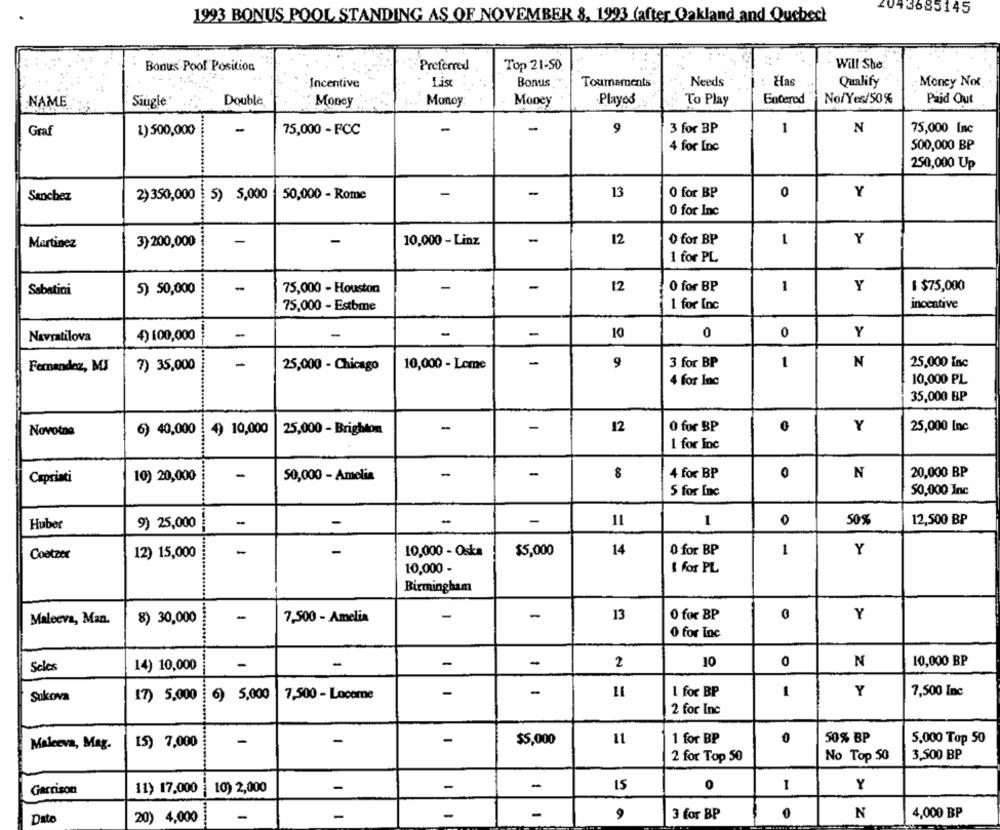
043685145
1993 BONUS POOL STANDING AS OF NOVEMBER & 1993 (after_Oakland and Quebeck
Bonus Pool Position
Preferred
Top 21-50
Will She
Incentive
List
Bonus
Tournaments
Needs
: Has
Qualify
Moncy Not
Entered
No/Yes/50%
Paid Out
NAME
Single
Double
Money
Monoy
Money
Played
To Play
Graf
1)500,000
-
75,000 - FCC
-
-
9
3 for BP
1
N
75,000 Inc
4 for Inc
500,000 BP
250,000 Up
-
-
Sanchez
2)350,000
5) 5,000
50,000 - Rome
13
0 for BP
0
Y
0 for Inc
-
-
10,000 - Linz
-
12
O for BP
1
Y
Martinez
3) 200,000
..........
1 for PL
Sabatini
5) 50,000
-
75,000 - Houston
-
-
12
0 for BP
1
Y
$ $75,000
1 *******
75,000 - Estbme
1 for Inc
incentive
Navratilova
4) 100,000
-
-
10
0
0
Y
7) 35,000
-
25,000 - Chicago
10,000 - Lome
-
9
3 for BP
1
N
25,000 Inc
Fernandez, MI
4 for Inc
10,000 PL
35,000 BP
Novotna
6) 40,000
4) 10,000
25,000 - Brighton
-
-
12
0 for BP
Y
25,000 Inc
1 for Inc
-
-
0
N
20,000 BP
Capriati
10) 20,000
-
50,000 - Amelia
8
4 for BP
50,000 Inc
S for Inc
9) 25,000
-
-
-
11
1
0
50%
12,500 BP
Huber
Cootzer
12) 15,000
-
-
10,000 - Oska
$5,000
14
0 for BP
1
Y
10,000 -
I for PL
Birmingham
-
-
-
13
O for BP
0
Maleeva, Man.
8) 30,000
7,500 - Amelia
Y
0 for Inc
-
-
2
10
0
N
10,000 BP
Seles
14) 10,000
-
Sukova
17) 5,000
6) 5,000
7,500 - Locemne
-
-
1 for BP
1
Y
7,500 Inc
2 for Inc
-
1 for BP
0
50% BP
5,000 Top 50
Maleeva, Mag.
15) 7,000
-
$5,000
11
No Top 50
3,500 BP
2 for Top 50
Garrison
11) 17,000
10) 2,000
-
-
15
0
1
Y
-
-
-
-
9
3 for BP
N
4,000 BP
Dato
20) 4,000